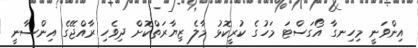
އިންވަނީ މިހިނގާ އޯގަސްޓަ މަހުގެ ކުރީކޮޅު މާލެ ޒިޔާރަތްކޮށް ދިވެހި ރާއްޖޭގެ އިންސާނީ